Tezpur Lunatic Asylum reports 1877-1894 - 1877-1894
Year: 1877
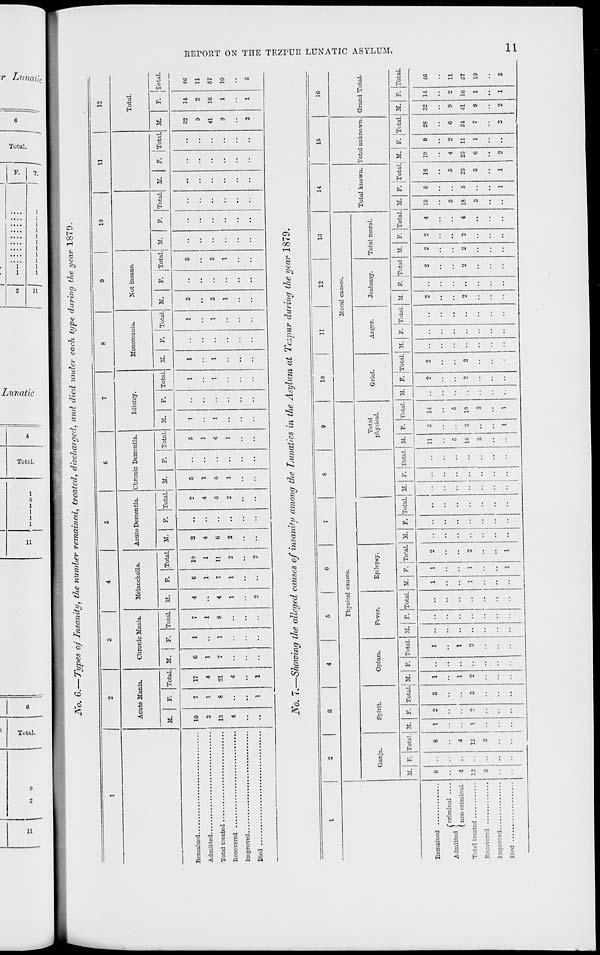
H
c
i
"°
p_
«
1
I
1-3
o
E
*
S
ic !
= 1
2To. G.— Types of Insanity, the number remained, treated, discharged, and died under each type during the year 1870.
y
iM
1
2
3
4
5
G
7
8
•
10
11
12
Acute Mania.
Chronic Mania.
Melancholia.
Acute Dementia. Chronic Dementia.
Idiotcy.
Monomania.
Not insane.
Total.
M.
F.
Total. M.
F. Total. M.
F.
Total. M.
F. Total. M.
F. Total. M.
F. Total. M.
F. Total. M.
F. Total. M. [»• Total. M. F - Total. M. F - Total.
10
3
13
4
7
1
8
1
17
4
21
4
1
G
1
7
1
1
7
1
8
4
4
1
C
1
7
1
10
1
11
2
2
2
4
C
2
4
G
2
5
1
G
1
5
1
6
1
1
••
1
1
1
1
1
1
3
1
••
3
3
1
••
••
••
32
0
41
9
2
14
16
1
1
46
11
57
10
X tii J) i O VcU •••••••••••»••••■>*• • •■••••••••••*.
3
iVo. 7.—Showing the alleged causes of insanity among the Lunatics in the Asylum at Tezpur during the year 1879.
m
o
o
£3
1
2
3
4
5
6
7
8
0
10
11
12
13
14
15
16
Physical causes.
Moral causes.
Total known. Total unknown. Grand Total-
Ganja.
Spirit.
Opium.
Fever.
Epilepsy.
Total
physical.
Grief.
Anger.
Jealousy.
Total moral.
M. F. Total. M. F. Total. M. F. Total. M. r. Total. M.
l
F. iTotal. M. F. Total. M. F. Total.
1
M. F. Total. M. F. Total. M. F. Total. M. F. Total. M. F.
i
Total. | M. F. Total. M.
1
F. Total.
1
«
!
F. Total.
8
8
1
2
3
1
1
1
1
2
.. .. ..
11
3
14
2
2
..
2 ..
2
2
2
4
13
5
18
19
9
28
32 14
46
Admitted ]
( non-criminal.
4
4
1
1
5
5
5
5
4
2
6
9
2
11
Total treated
12
12
1
2
3
2 • -
2
1
1
2
1G
3
19
•• 2
2
2 ••
2
2
2
4
18
5
23
23 11
34
41 16
57
Recovered
3 ••
3
3 ••
3
3 ••
3
G
1
7
9
1
10
Diod
••
-• ••
-•
•• • •
••
•• 1
1
1
1
1
1
1
2 ••
2
2
1
3
t-l
a
>
a
in